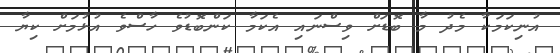
އުނިކަމަކާ މެދު މާ ބޮޑަށް ވިސްނައި އެކަމާ ކަންބޮޑުވެ ހާސްވެ އުޅުމަށް ކިޔާ